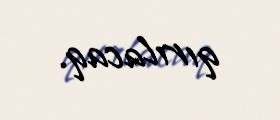
qırılacaq.